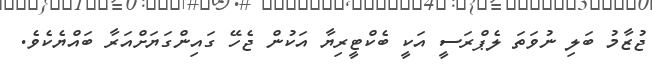
ޖުޒާމު ބަލި ނުވަތަ ލެޕްރަސީ އަކީ ބެކްޓީރިޔާ އަކުން ޖެހޭ ގައިންގަޔަށްއަރާ ބައްޔެކެވެ.